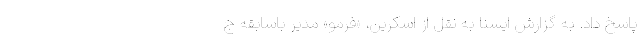
پاسخ داد. به گزارش ایسنا به نقل از اسکرین،‌ «فرمو» مدیر باسابقه ج